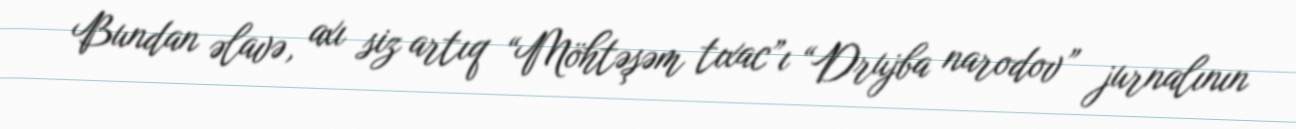
Bundan əlavə, axı siz artıq “Möhtəşəm tıxac”ı “Drujba narodov” jurnalının